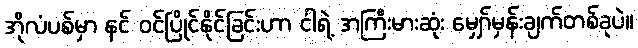
အိုလံပစ်မှာ နင် ဝင်ပြိုင်နိုင်ခြင်းဟာ ငါရဲ့ အကြီးမားဆုံး မျှော်မှန်းချက်တစ်ခုပဲ။